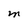
Character: M